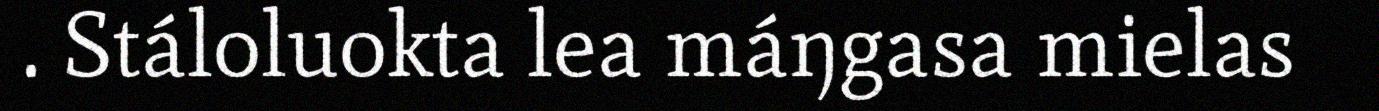
. Stáloluokta lea máŋgasa mielas